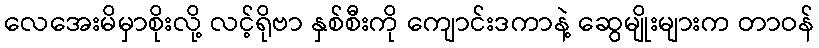
လေအေးမိမှာစိုးလို့ လင့်ရိုဗာ နှစ်စီးကို ကျောင်းဒကာနဲ့ ဆွေမျိုးများက တာဝန်